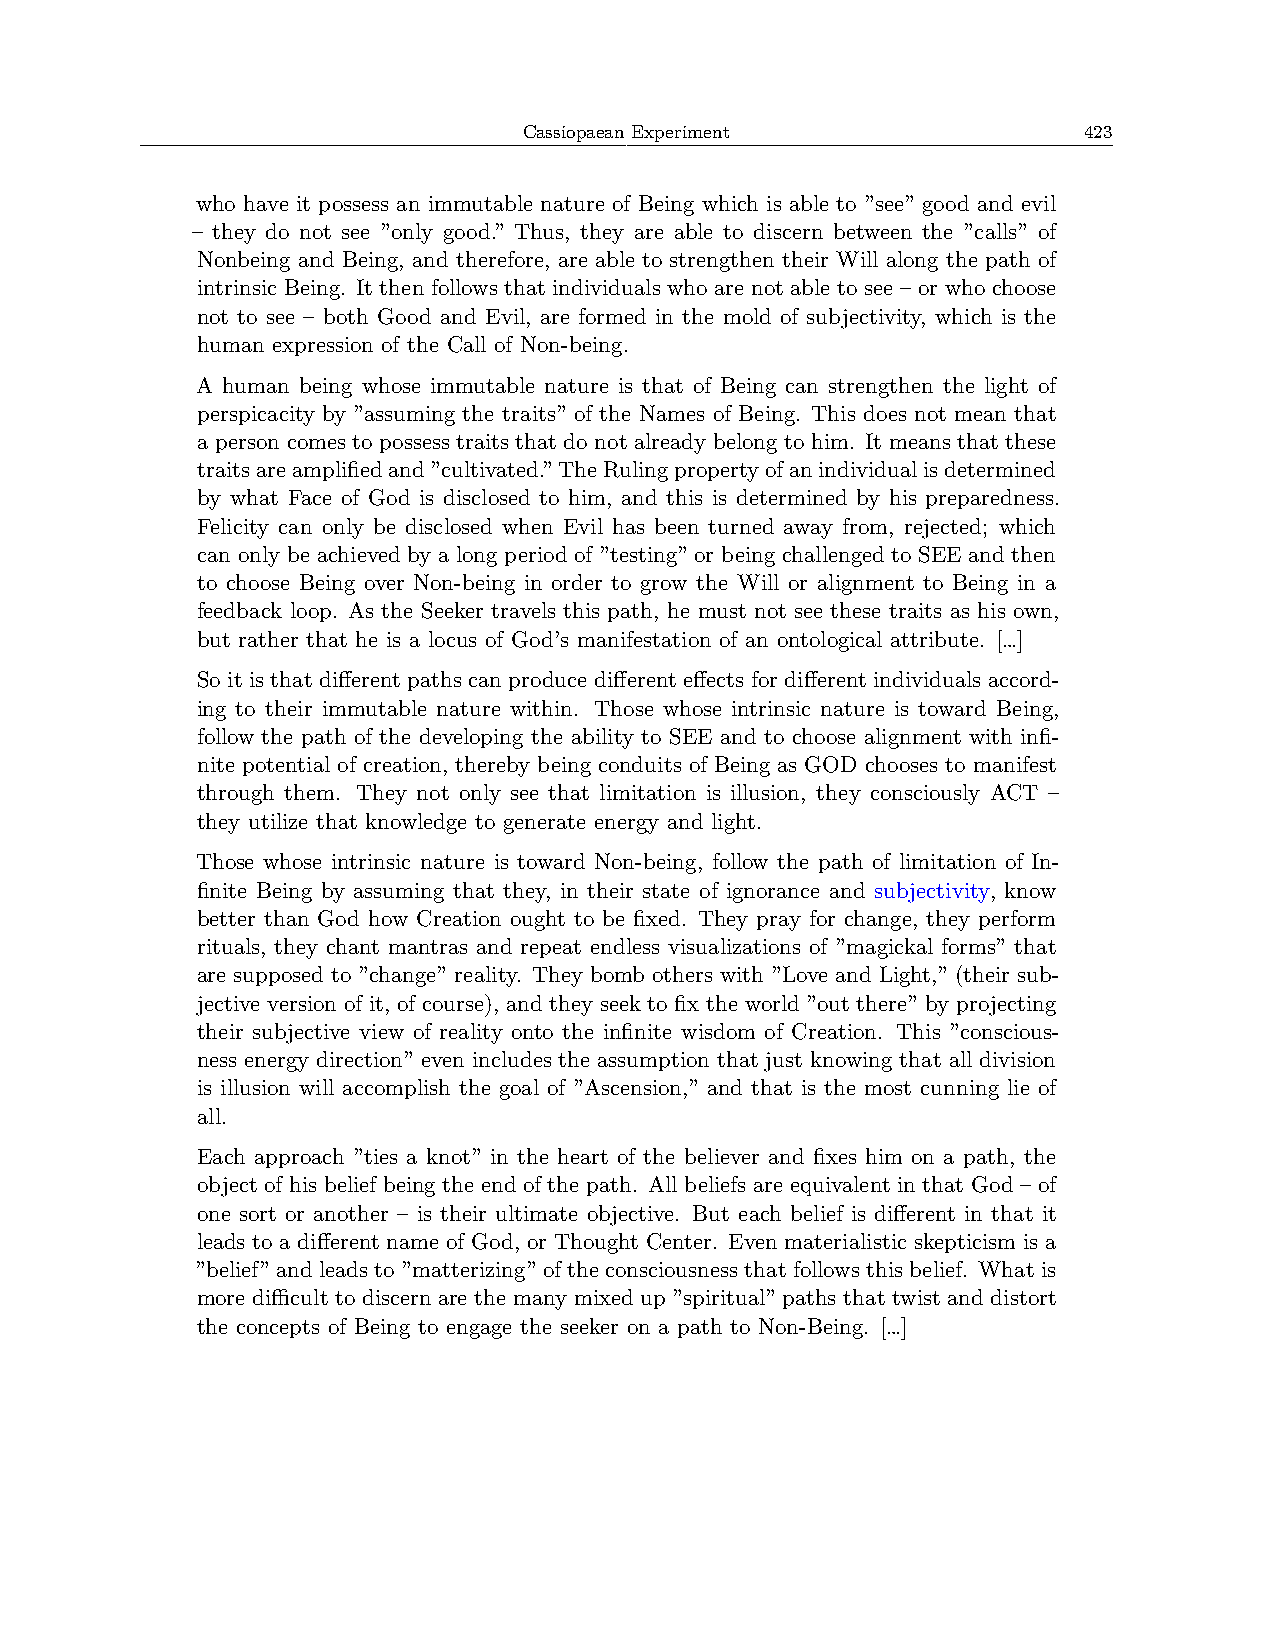
Cassiopaean Experiment               423
 who have it possess an immutable nature of Being which is able to ”see” good and evil
 – they do not see ”only good.” Thus, they are able to discern between the ”calls” of
 Nonbeing and Being, and therefore, are able to strengthen their Will along the path of
 intrinsic Being. It then follows that individuals who are not able to see – or who choose
 not to see – both Good and Evil, are formed in the mold of subjectivity, which is the
 human expression of the Call of Non-being.
 A human being whose immutable nature is that of Being can strengthen the light of
 perspicacity by ”assuming the traits” of the Names of Being. This does not mean that
 a person comes to possess traits that do not already belong to him. It means that these
 traitsareamplifiedand”cultivated.”TheRulingpropertyofanindividualisdetermined
 by what Face of God is disclosed to him, and this is determined by his preparedness.
 Felicity can only be disclosed when Evil has been turned away from, rejected; which
 can only be achieved by a long period of ”testing” or being challenged to SEE and then
 to choose Being over Non-being in order to grow the Will or alignment to Being in a
 feedback loop. As the Seeker travels this path, he must not see these traits as his own,
 but rather that he is a locus of God’s manifestation of an ontological attribute. […]
 So it is that different paths can produce different effects for different individuals accord-
 ing to their immutable nature within. Those whose intrinsic nature is toward Being,
 follow the path of the developing the ability to SEE and to choose alignment with infi-
 nite potential of creation, thereby being conduits of Being as GOD chooses to manifest
 through them. They not only see that limitation is illusion, they consciously ACT –
 they utilize that knowledge to generate energy and light.
 Those whose intrinsic nature is toward Non-being, follow the path of limitation of In-
 finite Being by assuming that they, in their state of ignorance and subjectivity, know
 better than God how Creation ought to be fixed. They pray for change, they perform
 rituals, they chant mantras and repeat endless visualizations of ”magickal forms” that
 are supposed to ”change” reality. They bomb others with ”Love and Light,” (their sub-
 jective version of it, of course), and they seek to fix the world ”out there” by projecting
 their subjective view of reality onto the infinite wisdom of Creation. This ”conscious-
 ness energy direction” even includes the assumption that just knowing that all division
 is illusion will accomplish the goal of ”Ascension,” and that is the most cunning lie of
 all.
 Each approach ”ties a knot” in the heart of the believer and fixes him on a path, the
 object of his belief being the end of the path. All beliefs are equivalent in that God – of
 one sort or another – is their ultimate objective. But each belief is different in that it
 leads to a different name of God, or Thought Center. Even materialistic skepticism is a
 ”belief” and leads to ”matterizing” of the consciousness that follows this belief. What is
 more diﬀicult to discern are the many mixed up ”spiritual” paths that twist and distort
 the concepts of Being to engage the seeker on a path to Non-Being. […]